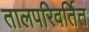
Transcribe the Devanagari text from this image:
तालपरिवर्तित